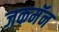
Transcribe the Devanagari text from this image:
जकमॅन